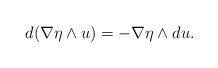
LaTeX: \begin{align*}d(\nabla\eta\wedge u)=-\nabla\eta\wedge du.\end{align*}